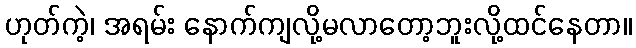
ဟုတ်ကဲ့၊ အရမ်း နောက်ကျလို့မလာတော့ဘူးလို့ထင်နေတာ။